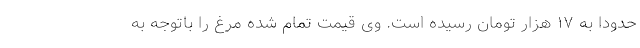
حدودا به ۱۷ هزار تومان رسیده است. وی قیمت تمام شده مرغ را باتوجه به